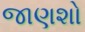
જાણશો